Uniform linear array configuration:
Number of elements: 16
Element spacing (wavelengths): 0.5
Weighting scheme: hamming
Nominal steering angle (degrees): -15
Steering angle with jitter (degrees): -16.559
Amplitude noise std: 0.05
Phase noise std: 0.05

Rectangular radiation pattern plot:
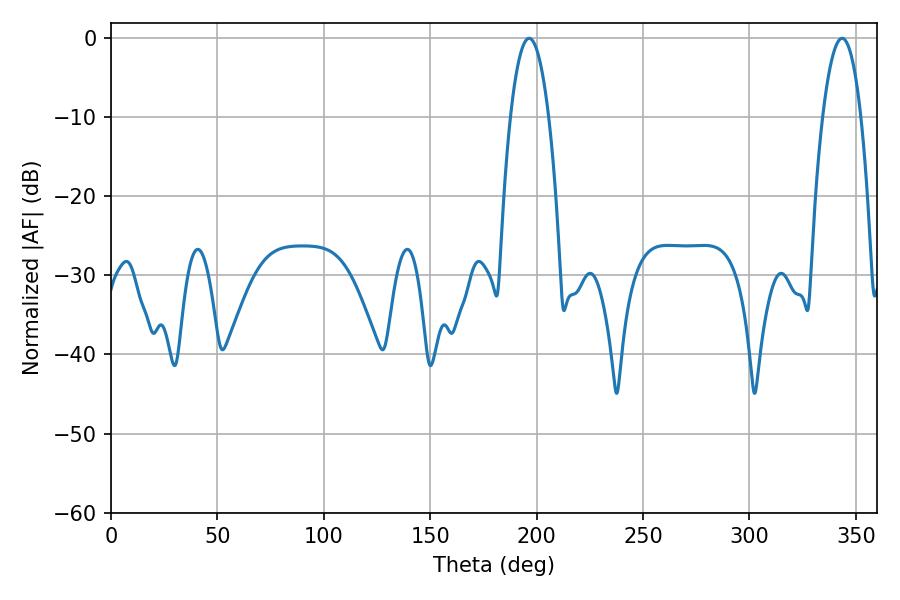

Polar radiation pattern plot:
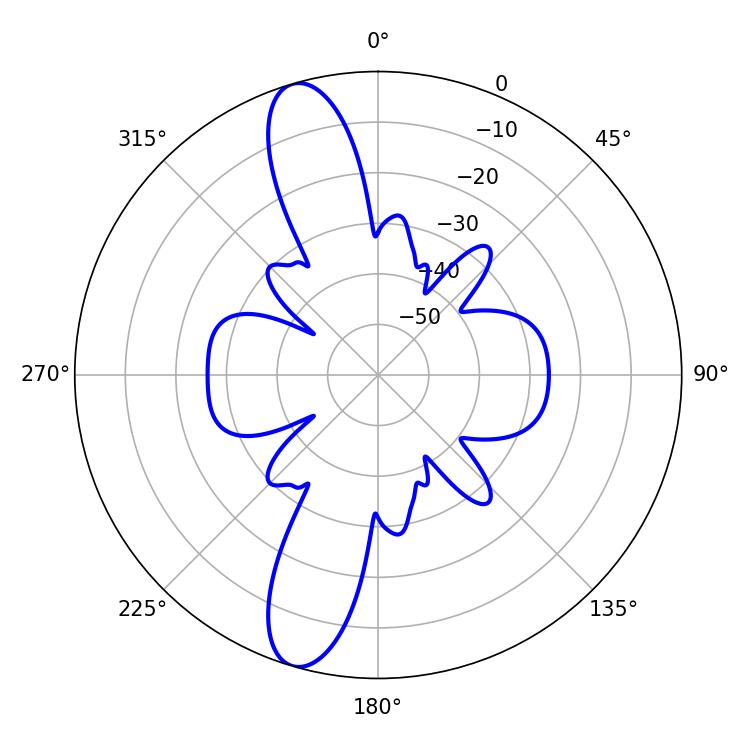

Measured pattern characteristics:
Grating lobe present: FALSE
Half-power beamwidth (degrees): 9.9
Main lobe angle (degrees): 196.38